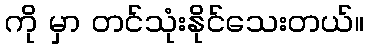
ကို မှာ တင်သုံးနိုင်သေးတယ်။